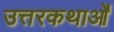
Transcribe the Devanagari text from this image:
उत्तरकथाओँ